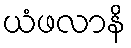
ယံဖလာနိ